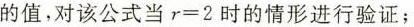
的值，对该公式当$$r = 2$$时的情形进行验证；